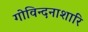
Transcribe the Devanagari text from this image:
गोविन्दनाशारि